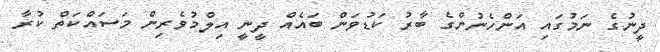
ދީނުގެ ނަމުގައި އަންހެނުންގެ ބާރު ކަޑުވަން ބައެއް ދީނީ އިލްމުވެރިން މަސައްކަތް ކުރާ